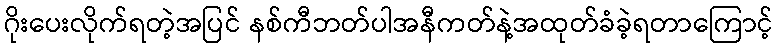
ဂိုးပေးလိုက်ရတဲ့အပြင် နစ်ကီဘတ်ပါအနီကတ်နဲ့အထုတ်ခံခဲ့ရတာကြောင့်